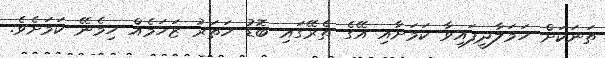
ތަނަކަށް ހަމަލާދީފައިވާ ކަމަށާއި އޭގެ ތެރޭގައި ބޮޑު ހަތަރު ޒަހަމެއް ހިމެނޭ ކަމަށެވެ.